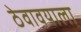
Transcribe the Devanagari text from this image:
ठेवावयाला